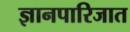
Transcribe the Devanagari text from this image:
ज्ञानपारिजात